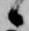
候